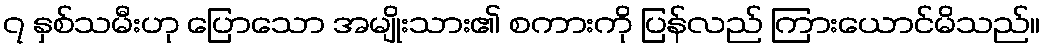
၇ နှစ်သမီးဟု ပြောသော အမျိုးသား၏ စကားကို ပြန်လည် ကြားယောင်မိသည်။